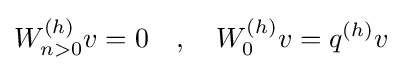
W_{n>0}^{(h)}v=0\quad ,\quad W_{0}^{(h)}v=q^{(h)}v